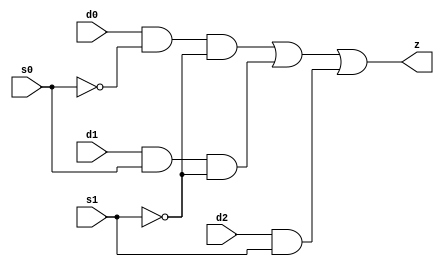
// This program was cloned from: https://github.com/aolofsson/oh
// License: MIT License

//#############################################################################
//# Function: 3-Input Mux                                                     #
//#                                                                           #
//# Copyright: OH Project Authors. ALl rights Reserved.                       #
//# License:  MIT (see LICENSE file in OH repository)                         # 
//#############################################################################

module oh_mx3 #(parameter DW = 1 ) // array width
   (
    input [DW-1:0]  d0,
    input [DW-1:0]  d1,
    input [DW-1:0]  d2,
    input [DW-1:0]  s0,
    input [DW-1:0]  s1,
    output [DW-1:0] z
    );
   
   assign z = (d0 & ~s0 & ~s1) |
	      (d1 & s0  & ~s1) |
	      (d2 & s1);
   
endmodule